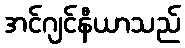
အင်ဂျင်နီယာသည်